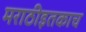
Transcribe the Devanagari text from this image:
मराठीइतकाच